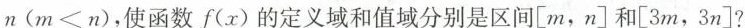
n ( $$m <n$$ ) ，使函数 f( x ) 的定义域和值域分别是区间[ m，n ] 和 [ 3m，3n ]?